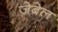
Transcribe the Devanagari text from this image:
ज़ेबेल